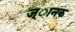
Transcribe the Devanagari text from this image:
ज्ानक